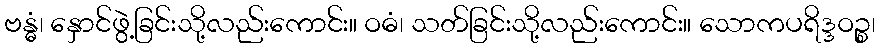
ဗန္ဓံ၊ နှောင်ဖွဲ့ခြင်းသို့လည်းကောင်း။ ဝဓံ၊ သတ်ခြင်းသို့လည်းကောင်း။ သောကပရိဒ္ဒဝဉ္စ၊